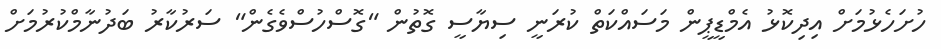
ހުށަހެޅުމަށް އިދިކޮޅު އެމްޑީޕީން މަސައްކަތް ކުރަނީ ސިޔާސީ ގޮތުން "ގޮސްހުސްވެގެން" ސަރުކާރު ބަދުނާމްކުރުމަށް